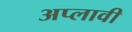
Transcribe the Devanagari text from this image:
अप्लावी